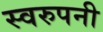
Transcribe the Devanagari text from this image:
स्वरुपनी